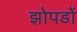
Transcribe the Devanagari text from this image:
झोपडों